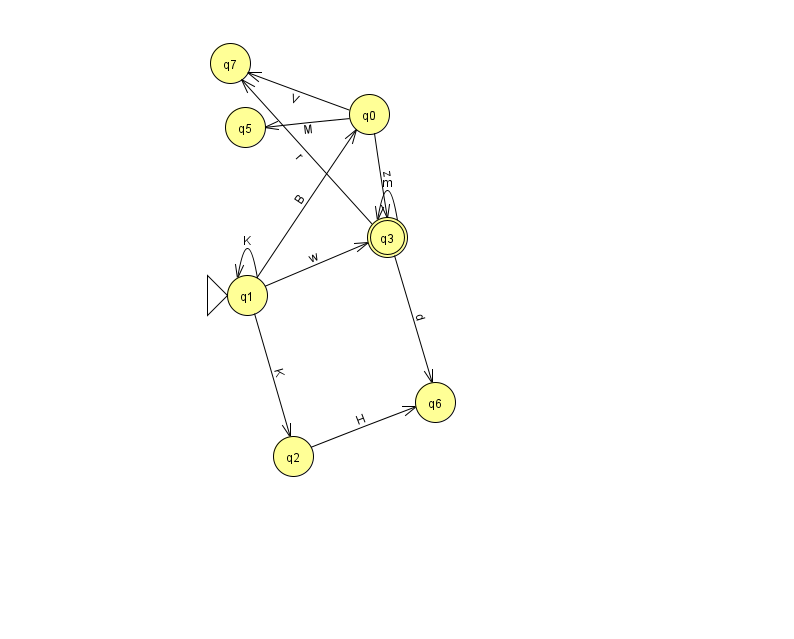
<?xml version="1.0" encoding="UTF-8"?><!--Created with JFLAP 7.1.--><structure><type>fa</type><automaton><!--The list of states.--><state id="0" name="q0"><x>369.0</x><y>101.0</y></state><state id="1" name="q1"><x>247.0</x><y>282.0</y><initial/></state><state id="2" name="q2"><x>293.0</x><y>443.0</y></state><state id="3" name="q3"><x>387.0</x><y>224.0</y><final/></state><state id="5" name="q5"><x>245.0</x><y>114.0</y></state><state id="6" name="q6"><x>435.0</x><y>389.0</y></state><state id="7" name="q7"><x>230.0</x><y>50.0</y></state><!--The list of transitions.--><transition><from>0</from><to>5</to><read>M</read></transition><transition><from>0</from><to>7</to><read>V</read></transition><transition><from>1</from><to>3</to><read>w</read></transition><transition><from>3</from><to>6</to><read>d</read></transition><transition><from>1</from><to>2</to><read>K</read></transition><transition><from>2</from><to>6</to><read>H</read></transition><transition><from>0</from><to>3</to><read>z</read></transition><transition><from>3</from><to>7</to><read>r</read></transition><transition><from>1</from><to>0</to><read>B</read></transition><transition><from>1</from><to>1</to><read>K</read></transition><transition><from>3</from><to>3</to><read>m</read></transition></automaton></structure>